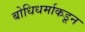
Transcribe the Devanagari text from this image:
बोधिधर्माकडून